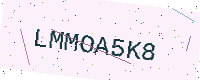
Text: LMMOA5K8